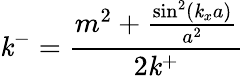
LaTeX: \mathit{k}^{-}=\frac{{m^{2}+\frac{{\sin^{2}(\mathit{k}_{x}a)}}{{a^{2}}}}}{{2\mathit{k}^{+}}}